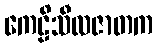
ကေဠိသီလဇာတက